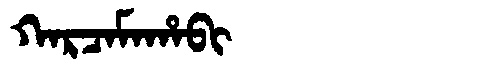
Manchu: ᡴᠠᡵᠴᠠᠮᠠᡥᠠᠪᡳ
Romanization: KARCAMAHABI